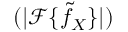
( | \mathcal F \{ \tilde { f } _ { X } \} | )